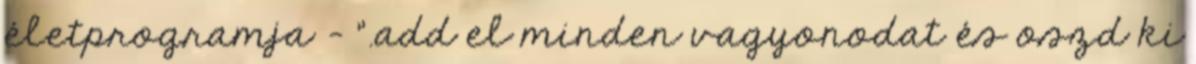
életprogramja - ".add el minden vagyonodat és oszd ki